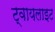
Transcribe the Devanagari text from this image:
ट्वायलाइट